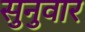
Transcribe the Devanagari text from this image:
सुनुवार